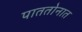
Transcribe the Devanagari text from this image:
पाततोनात